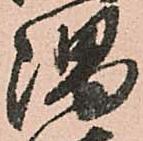
隅